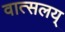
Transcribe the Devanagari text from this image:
वात्सलय्